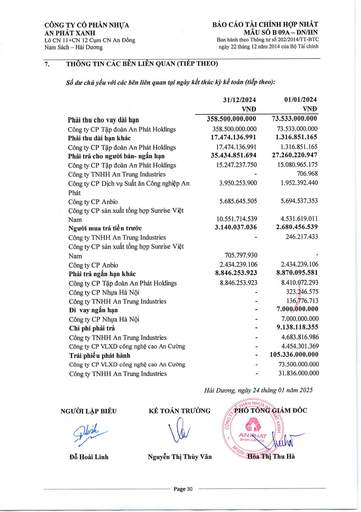
||31/12/2024 VND|01/01/2024 VND| |---|---|---| |Phải thu cho vay dài hạn|358.500.000.000|73.533.000.000| |Công ty CP Tập đoàn An Phát Holdings|358.500.000.000|73.533.000.000| |Phải thu dài hạn khác|17.474.136.991|1.316.851.165| |Công ty CP Tập đoàn An Phát Holdings|17.474.136.991|1.316.851.165| |Phải trả cho người bán- ngắn hạn|35.434.851.694|27.260.220.947| |Công ty CP Tập đoàn An Phát Holdings|15.247.237.750|15.080.965.175| |Công ty TNHH An Trung Industries||706.968| |Công ty CP Dịch vụ Suất ăn Công nghiệp An|3.950.253.900|1.952.392.440| |Phát||| |Công ty CP Anbio|5.685.645.505|5.694.537.353| |Công ty CP Sản xuất Tổng hợp Sunrise Việt Nam|10.551.714.539|4.531.619.011| |Người mua trả tiền trước|3.140.037.036|2.680.456.539| |Công ty TNHH An Trung Industries||246.217.433| |Công ty CP Sản xuất Tổng hợp Sunrise Việt Nam|705.797.930|| |Công ty CP Anbio|2.434.239.106|2.434.239.106| |Phải trả ngắn hạn khác|8.846.253.923|8.870.095.581| |Công ty CP Tập đoàn An Phát Holdings|8.846.253.923|8.410.072.293| |Công ty CP Nhựa Hà Nội|-|323.246.575| |Công ty TNHH An Trung Industries|-|136.776.713| |Dí vay ngắn hạn|-|7.000.000.000| |Công ty CP Nhựa Hà Nội|-|7.000.000.000| |Chi phí phải trả|-|9.138.118.355| |Công ty TNHH An Trung Industries|-|4.683.816.986| |Công ty CP VLXD Công nghệ Cao An Cường|-|4.454.301.369| |Trái phiếu phát hành|-|105.336.000.000| |Công ty CP VLXD Công nghệ Cao An Cường|-|73.500.000.000| |Công ty TNHH An Trung Industries|-|31.836.000.000|